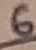
Text: 6